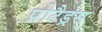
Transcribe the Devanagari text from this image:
प्रोटैड्रस